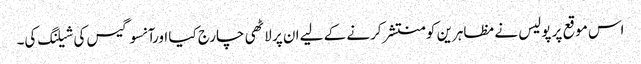
اس موقع پر پولیس نے مظاہرین کو منتشر کرنے کے لیے ان پر لاٹھی چارج کیا اورآنسو گیس کی شیلنگ کی۔